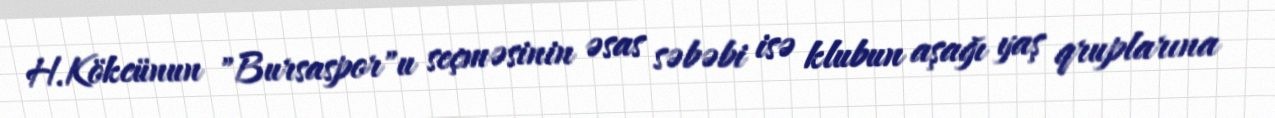
H.Kökcünun "Bursaspor"u seçməsinin əsas səbəbi isə klubun aşağı yaş qruplarına